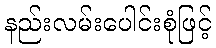
နည်းလမ်းပေါင်းစုံဖြင့်